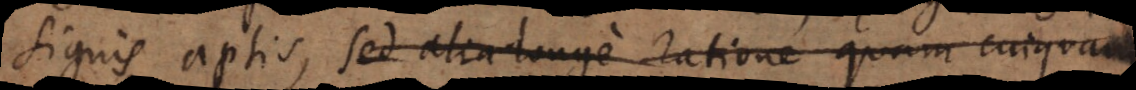
signis aptis, sed alia longe ratione quam cuiquam